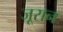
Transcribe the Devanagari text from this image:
जूरान